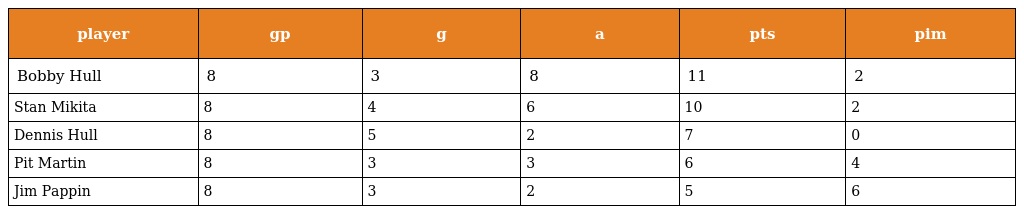
| player | gp | g | a | pts | pim |
 | --- | --- | --- | --- | --- | --- |
 | Bobby Hull | 8 | 3 | 8 | 11 | 2 |
 | Stan Mikita | 8 | 4 | 6 | 10 | 2 |
 | Dennis Hull | 8 | 5 | 2 | 7 | 0 |
 | Pit Martin | 8 | 3 | 3 | 6 | 4 |
 | Jim Pappin | 8 | 3 | 2 | 5 | 6 |